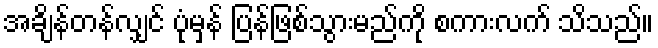
အချိန်တန်လျှင် ပုံမှန် ပြန်ဖြစ်သွားမည်ကို စကားလက် သိသည်။